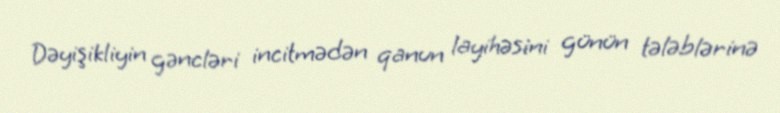
Dəyişikliyin gəncləri incitmədən qanun layihəsini günün tələblərinə